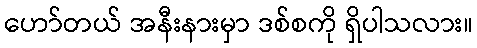
ဟော်တယ် အနီးနားမှာ ဒစ်စကို ရှိပါသလား။